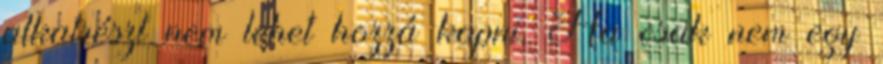
alkatrészt nem lehet hozzá kapni. Ha csak nem egy